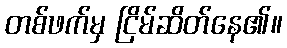
တစ်ဖက်မှ ငြိမ်ဆိတ်နေ၏။